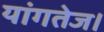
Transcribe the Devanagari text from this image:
यांगतेज।